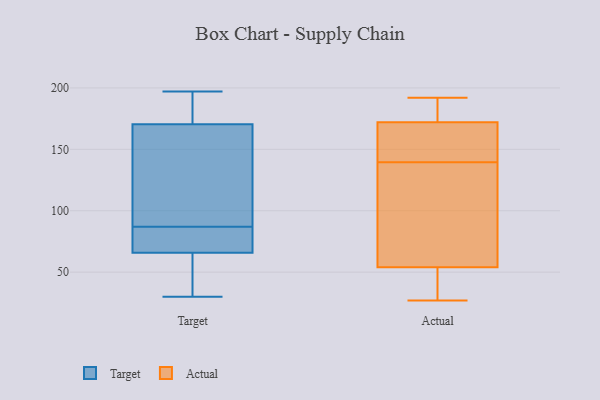
{"axis": {"x": "Active Users", "y": "Value"}, "legend": ["Actual", "Target"], "data": [{"x": "", "y": 91, "type": "Target"}, {"x": "", "y": 75, "type": "Target"}, {"x": "", "y": 87, "type": "Target"}, {"x": "", "y": 30, "type": "Target"}, {"x": "", "y": 67, "type": "Target"}, {"x": "", "y": 71, "type": "Target"}, {"x": "", "y": 46, "type": "Target"}, {"x": "", "y": 187, "type": "Target"}, {"x": "", "y": 62, "type": "Target"}, {"x": "", "y": 170, "type": "Target"}, {"x": "", "y": 168, "type": "Target"}, {"x": "", "y": 197, "type": "Target"}, {"x": "", "y": 175, "type": "Target"}, {"x": "", "y": 153, "type": "Target"}, {"x": "", "y": 55, "type": "Target"}, {"x": "", "y": 68, "type": "Target"}, {"x": "", "y": 172, "type": "Target"}, {"x": "", "y": 172, "type": "Actual"}, {"x": "", "y": 183, "type": "Actual"}, {"x": "", "y": 135, "type": "Actual"}, {"x": "", "y": 170, "type": "Actual"}, {"x": "", "y": 192, "type": "Actual"}, {"x": "", "y": 54, "type": "Actual"}, {"x": "", "y": 144, "type": "Actual"}, {"x": "", "y": 158, "type": "Actual"}, {"x": "", "y": 66, "type": "Actual"}, {"x": "", "y": 27, "type": "Actual"}, {"x": "", "y": 178, "type": "Actual"}, {"x": "", "y": 34, "type": "Actual"}, {"x": "", "y": 46, "type": "Actual"}, {"x": "", "y": 72, "type": "Actual"}]}